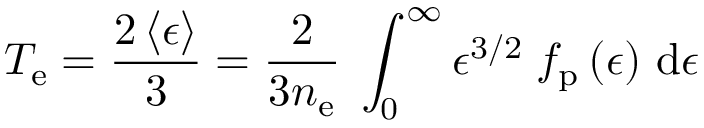
T _ { \mathrm { e } } = \frac { 2 \left< \epsilon \right> } { 3 } = \frac { 2 } { 3 n _ { \mathrm { e } } } \; \int _ { 0 } ^ { \infty } \epsilon ^ { 3 / 2 } \; f _ { \mathrm { p } } \left( \epsilon \right) \, \mathrm { d } \epsilon